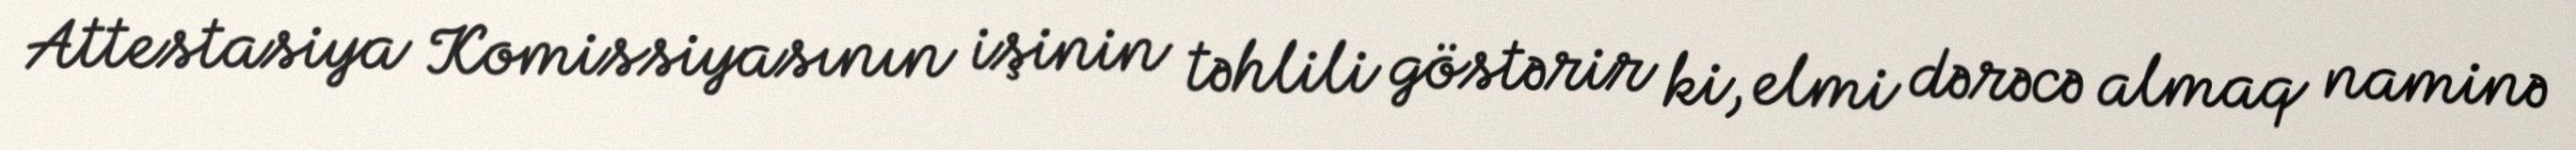
Attestasiya Komissiyasının işinin təhlili göstərir ki, elmi dərəcə almaq naminə